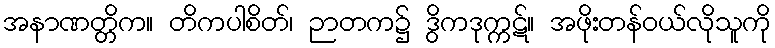
အနာဏတ္တိက။ တိကပါစိတ်၊ ဉာတက၌ ဒွိကဒုက္ကဋ်။ အဖိုးတန်ဝယ်လိုသူကို